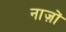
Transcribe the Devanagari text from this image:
नाज़ों